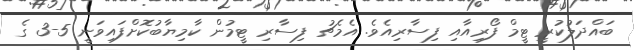
ބައްދަލުކުރީ ޓީމް ފޯރިއާއި ފިސާރިއެވެ. އެމެޗު ފިސާރި ޓީމުން ކާމިޔާބުކޮށްފައިވަނީ 5-3 ގެ